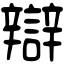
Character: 辯